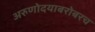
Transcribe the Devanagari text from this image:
अरुणोदयाबरोबरच